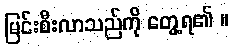
မြင်းစီးလာသည်ကို တွေ့ရ၏ ။